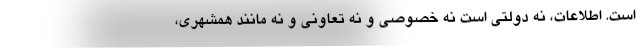
است. اطلاعات، نه دولتی است نه خصوصی و نه تعاونی و نه مانند همشهری،